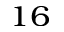
^ { 1 6 }